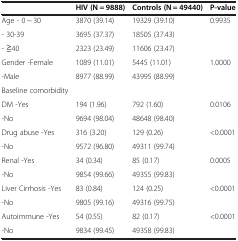
<table><thead><tr><td><b> </b></td><td><b>HIV (N = 9888)</b></td><td><b>Controls (N = 49440)</b></td><td><b>P-value</b></td></tr></thead><tbody><tr><td>Age - 0 ~ 30</td><td>3870 (39.14)</td><td>19329 (39.10)</td><td>0.9935</td></tr><tr><td>- 30-39</td><td>3695 (37.37)</td><td>18505 (37.43)</td><td> </td></tr><tr><td>- ≧40</td><td>2323 (23.49)</td><td>11606 (23.47)</td><td> </td></tr><tr><td>Gender -Female</td><td>1089 (11.01)</td><td>5445 (11.01)</td><td>1.0000</td></tr><tr><td>-Male</td><td>8977 (88.99)</td><td>43995 (88.99)</td><td> </td></tr><tr><td>Baseline comorbidity</td><td> </td><td> </td><td> </td></tr><tr><td>DM -Yes</td><td>194 (1.96)</td><td>792 (1.60)</td><td>0.0106</td></tr><tr><td>-No</td><td>9694 (98.04)</td><td>48648 (98.40)</td><td> </td></tr><tr><td>Drug abuse -Yes</td><td>316 (3.20)</td><td>129 (0.26)</td><td>&lt;0.0001</td></tr><tr><td>-No</td><td>9572 (96.80)</td><td>49311 (99.74)</td><td> </td></tr><tr><td>Renal -Yes</td><td>34 (0.34)</td><td>85 (0.17)</td><td>0.0005</td></tr><tr><td>-No</td><td>9854 (99.66)</td><td>49355 (99.83)</td><td> </td></tr><tr><td>Liver Cirrhosis -Yes</td><td>83 (0.84)</td><td>124 (0.25)</td><td>&lt;0.0001</td></tr><tr><td>-No</td><td>9805 (99.16)</td><td>49316 (99.75)</td><td> </td></tr><tr><td>Autoimmune -Yes</td><td>54 (0.55)</td><td>82 (0.17)</td><td>&lt;0.0001</td></tr><tr><td>-No</td><td>9834 (99.45)</td><td>49358 (99.83)</td><td> </td></tr></tbody></table>